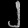
Digit: ၂